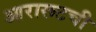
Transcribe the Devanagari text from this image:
आरारूटची